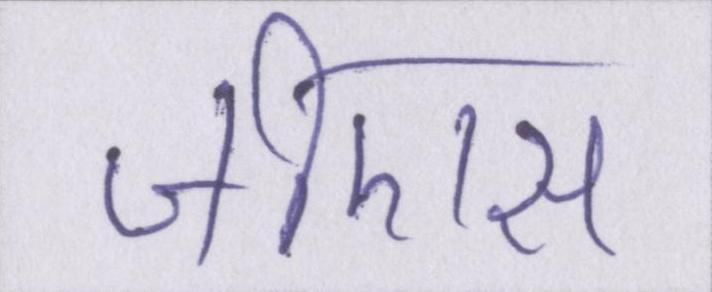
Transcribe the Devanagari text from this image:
जीएस